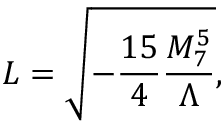
L = \sqrt { - \frac { 1 5 } { 4 } \frac { M _ { 7 } ^ { 5 } } { \Lambda } } ,